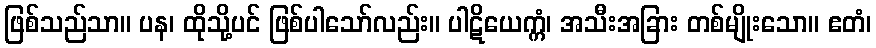
ဖြစ်သည်သာ။ ပန၊ ထိုသို့ပင် ဖြစ်ပါသော်လည်း။ ပါဋိယေက္ကံ၊ အသီးအခြား တစ်မျိုးသော။ ဧတံ၊